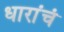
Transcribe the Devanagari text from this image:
धारांचं